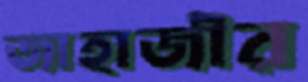
জাহাজীর